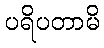
ပရိပတာမိ